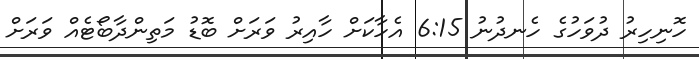
ހޮނިހިރު ދުވަހުގެ ހެނދުނު 6:15 އެހާކަށް ހާއިރު ވަރަށް ބޮޑު މަތިންދާބޯޓެއް ވަރަށް